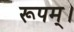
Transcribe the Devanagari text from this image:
रूपम्।